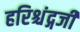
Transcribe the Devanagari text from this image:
हरिश्चंद्गजी